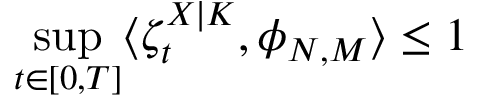
\operatorname* { s u p } _ { t \in [ 0 , T ] } \langle \zeta _ { t } ^ { X | K } , \phi _ { N , M } \rangle \leq 1